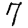
Digit: 7